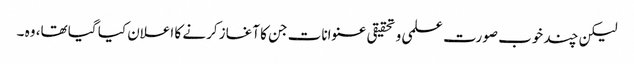
لیکن چند خوب صورت علمی و تحقیقی عنوانات جن کا آغاز کرنے کا اعلان کیا گیا تھا، وہ ۔